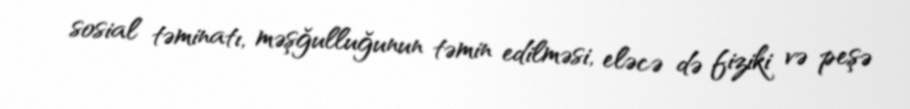
sosial təminatı, məşğulluğunun təmin edilməsi, eləcə də fiziki və peşə